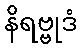
နိရဗ္ဗုဒံ